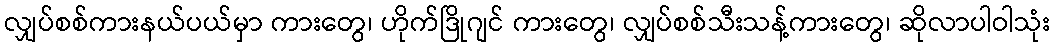
လျှပ်စစ်ကားနယ်ပယ်မှာ ကားတွေ၊ ဟိုက်ဒြိုဂျင် ကားတွေ၊ လျှပ်စစ်သီးသန့်ကားတွေ၊ ဆိုလာပါဝါသုံး